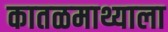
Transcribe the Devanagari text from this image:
कातळमाथ्याला